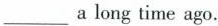
___ along time ago.